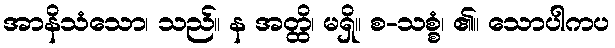
အာနိသံသော၊ သည်။ န အတ္ထိ၊ မရှိ။ စ-သစ္စံ၊ ၏။ သောပါကပ